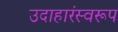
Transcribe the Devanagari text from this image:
उदाहारंस्वरूप